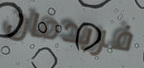
فريدمان